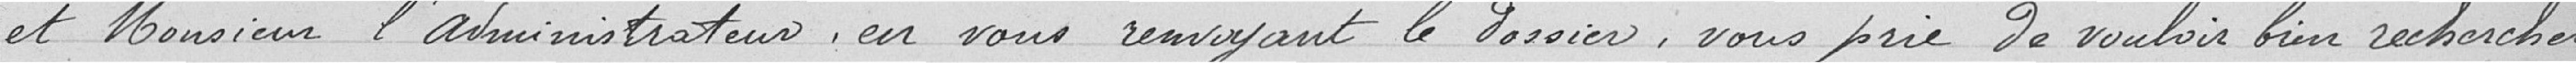
et Monsieur l'administrateur, en vous renvoyant le dossier, vous prie de vouloir bien rechercher